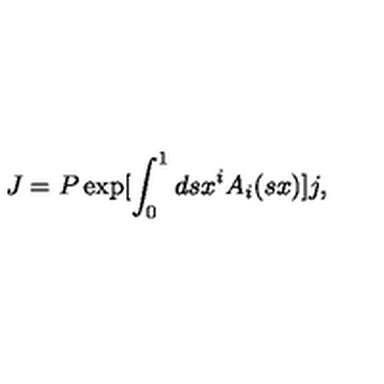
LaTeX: J = P \exp [ \int _ { 0 } ^ { 1 } d s x ^ { i } A _ { i } ( s x ) ] j ,